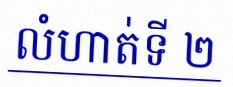
លំហាត់ទី ២